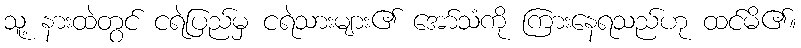
သူ့ နားထဲတွင် ငရဲပြည်မှ ငရဲသားများ၏ အော်သံကို ကြားနေရသည်ဟု ထင်မိ၏။